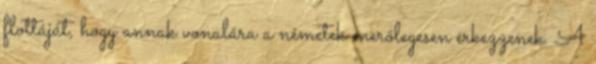
flottáját, hogy annak vonalára a németek merőlegesen érkezzenek. A